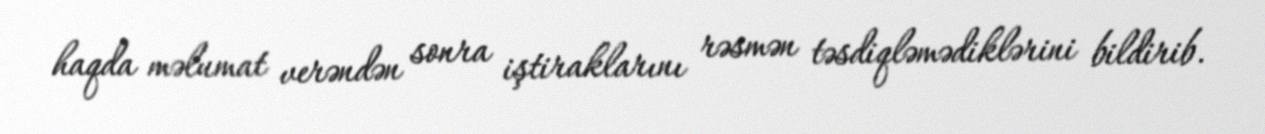
haqda məlumat verəndən sonra iştiraklarını rəsmən təsdiqləmədiklərini bildirib.